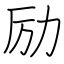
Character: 励